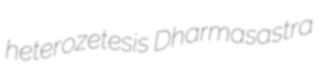
heterozetesis Dharmasastra